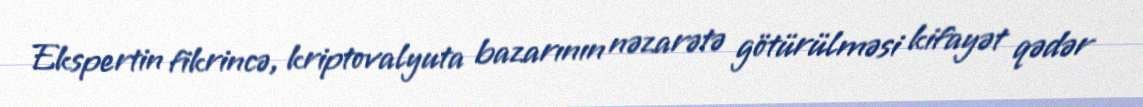
Ekspertin fikrincə, kriptovalyuta bazarının nəzarətə götürülməsi kifayət qədər